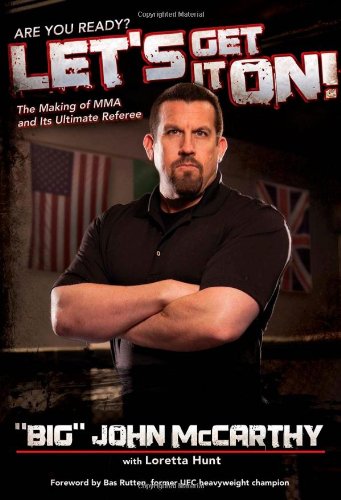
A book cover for Let's Get It On!: The Making of MMA and Its Ultimate Referee; Big" John McCarthy; Sports & Outdoors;